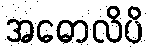
အဓောလိပိ